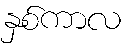
နှစ်ကာလ